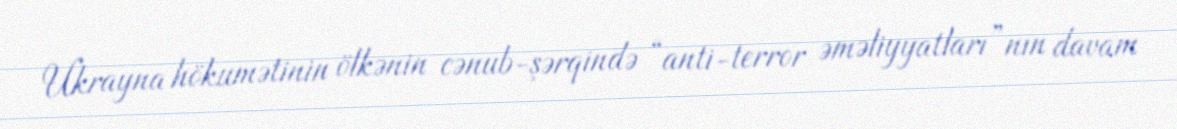
Ukrayna hökumətinin ölkənin cənub-şərqində “anti-terror əməliyyatları”nın davam